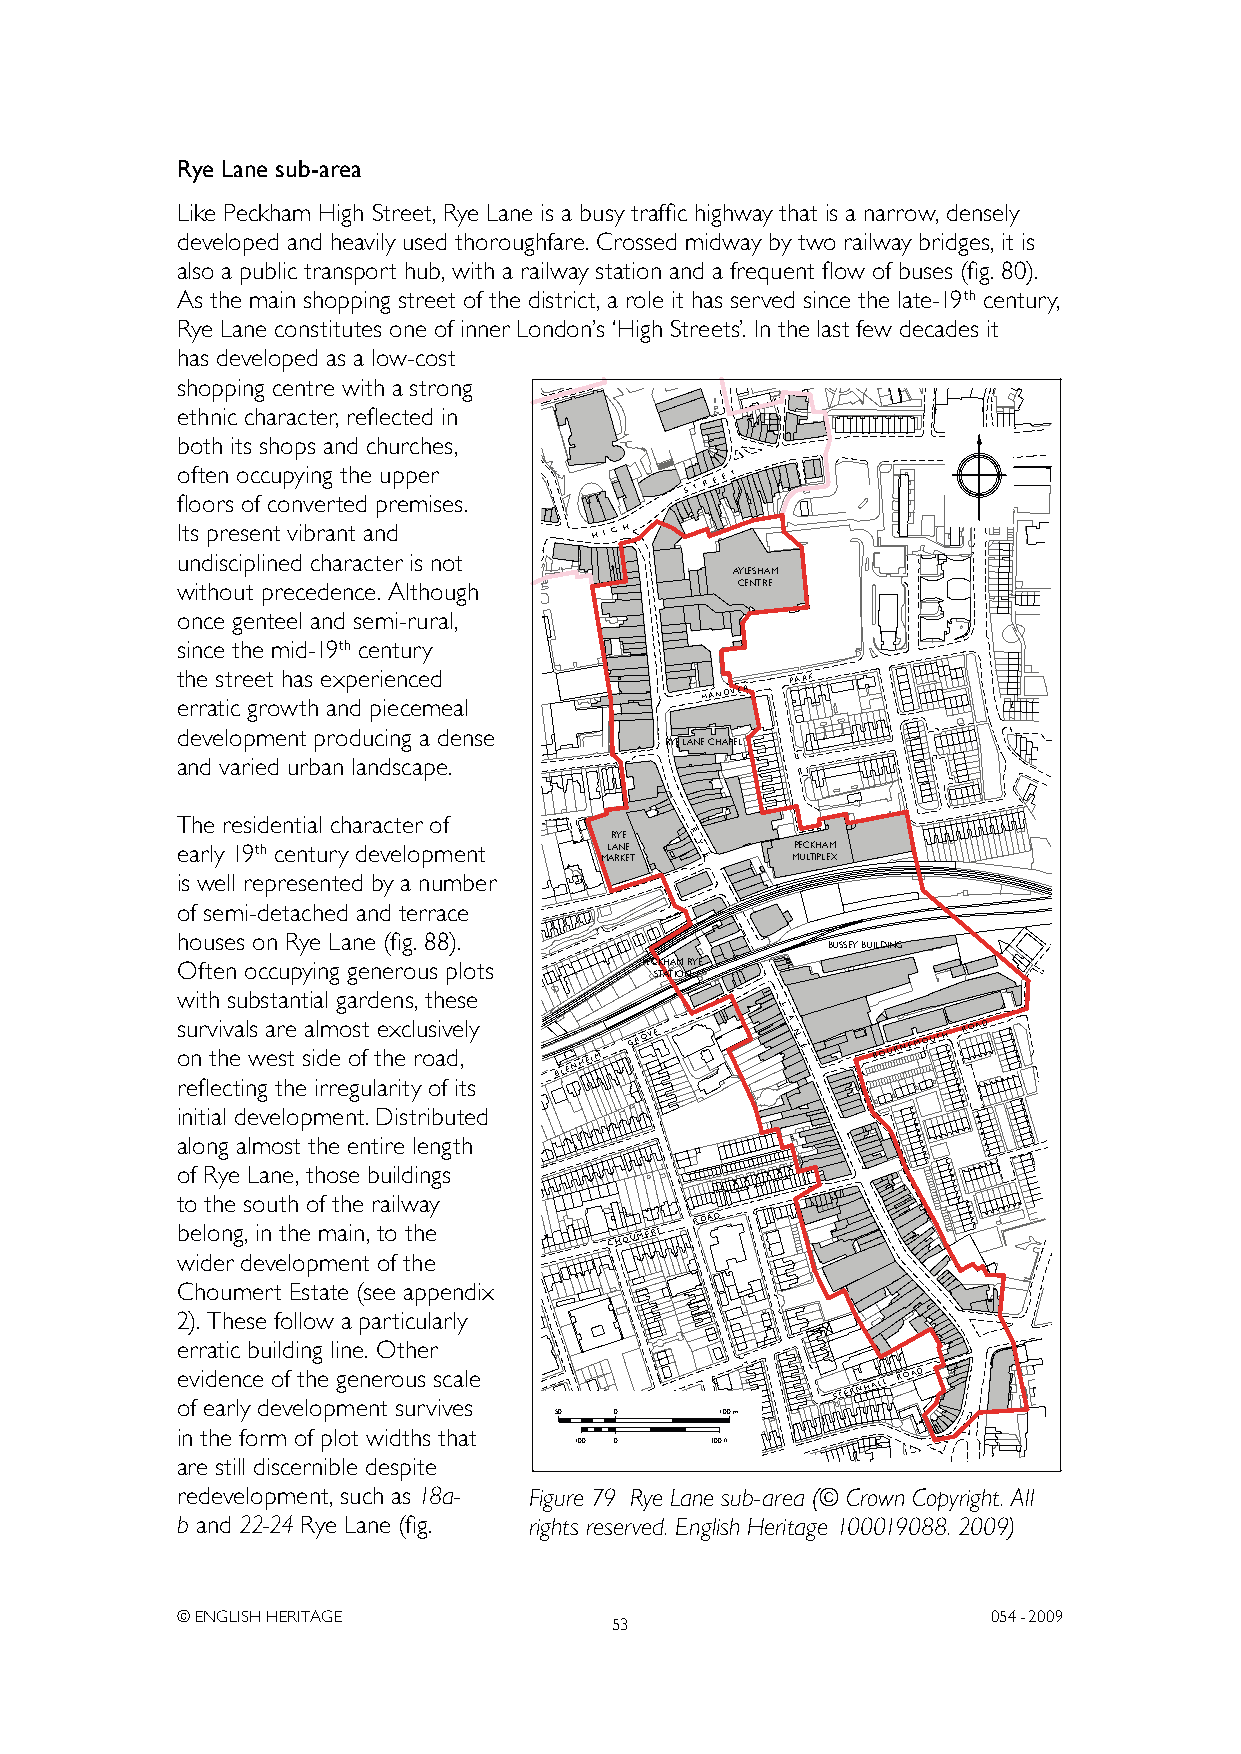
Rye Lane sub-area
 Like Peckham High Street, Rye Lane is a busy traffic highway that is a narrow, densely
 developed and heavily used thoroughfare. Crossed midway by two railway bridges, it is
 also a public transport hub, with a railway station and a frequent flow of buses (fig. 80).
 As the main shopping street of the district, a role it has served since the late-19th century,
 Rye Lane constitutes one of inner London’s ‘High Streets’. In the last few decades it
 has developed as a low-cost
 shopping centre with a strong
 ethnic character, reflected in
 both its shops and churches,
 often occupying the upper        S T R E E T
 floors of converted premises.
 Its present vibrant and    H I G H
 undisciplined character is not
 AYLESHAM
 without precedence. Although         CENTRE
 once genteel and semi-rural,
 since the mid-19th century
 the street has experienced              P A R K
 erratic growth and piecemeal      H A N O V E R
 development producing a dense
 RYE LANE CHAPEL
 and varied urban landscape.
 The residential character of
 early 19th century development ML
 AR
 A
 RY
 N
 KE
 E
 ET
 R
 Y
 E
 MPE UC LTKH IPA LEM
 X
 is well represented by a number
 of semi-detached and terrace
 houses on Rye Lane (fig. 88).
 BUSSEY BUILDING
 Often occupying generous plots PECKHAM RYE
 STATION
 with substantial gardens, these
 s ou nr v thiv ea l ws a er se t sa il dm eo os ft te hx ec l ru os aiv de , ly B L E N H E I M G R O V E
 L
 A N E B O U R N E M O U T H R O A D
 reflecting the irregularity of its
 initial development. Distributed
 along almost the entire length
 of Rye Lane, those buildings
 to the south of the railway
 belong, in the main, to the C H O U M E R T R O A D
 wider development of the
 Choumert Estate (see appendix
 2). These follow a particularly
 erratic building line. Other
 e ov f i ed ae rn lyc e d eo vf et lh oe p mge en ne tr o suu rs v s ivc ea sle S T E R N H A L L R O A D
 50  0      100 m
 in the form of plot widths that
 100 0    300 ft
 are still discernible despite
 redevelopment, such as 18a- Figure 79 Rye Lane sub-area (© Crown Copyright. All
 b and 22-24 Rye Lane (fig. rights reserved. English Heritage 100019088. 2009)
 © ENGLISH HERITAGE                                    054- 2009
 53